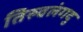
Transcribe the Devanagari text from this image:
तिरुवलंगदु